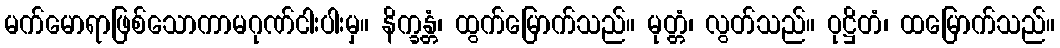
မက်မောရာဖြစ်သောကာမဂုဏ်ငါးပါးမှ။ နိက္ခန္တံ၊ ထွက်မြောက်သည်။ မုတ္တံ၊ လွတ်သည်။ ဝုဋ္ဌိတံ၊ ထမြောက်သည်။